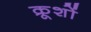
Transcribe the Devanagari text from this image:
क्रूशों